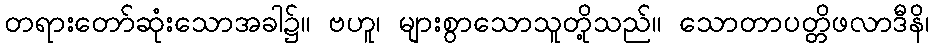
တရားတော်ဆုံးသောအခါ၌။ ဗဟူ၊ များစွာသောသူတို့သည်။ သောတာပတ္တိဖလာဒီနိ၊